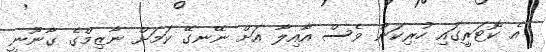
އެ ކޮޓަރީގައި ހުރިކަން ވެސް އާއިލާ އަށް ނޭނގޭ ކަމަށް ނާޒިމްގެ ގާނޫނީ